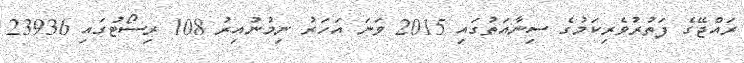
ރައްޖޭގެ ފަތުރުވެރިކަމުގެ ސިނާއަތުގައި 2015 ވަނަ އަހަރު ނިމުނުއިރު 108 ރިސޯޓުގައި 23936